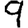
Digit: 9